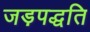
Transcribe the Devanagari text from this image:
जड़पद्धति